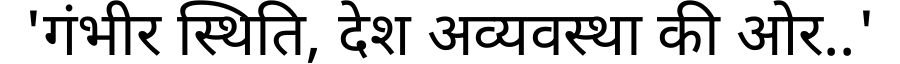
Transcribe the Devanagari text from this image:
'गंभीर स्थिति, देश अव्यवस्था की ओर..'